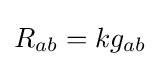
R_{ab}=kg_{ab}